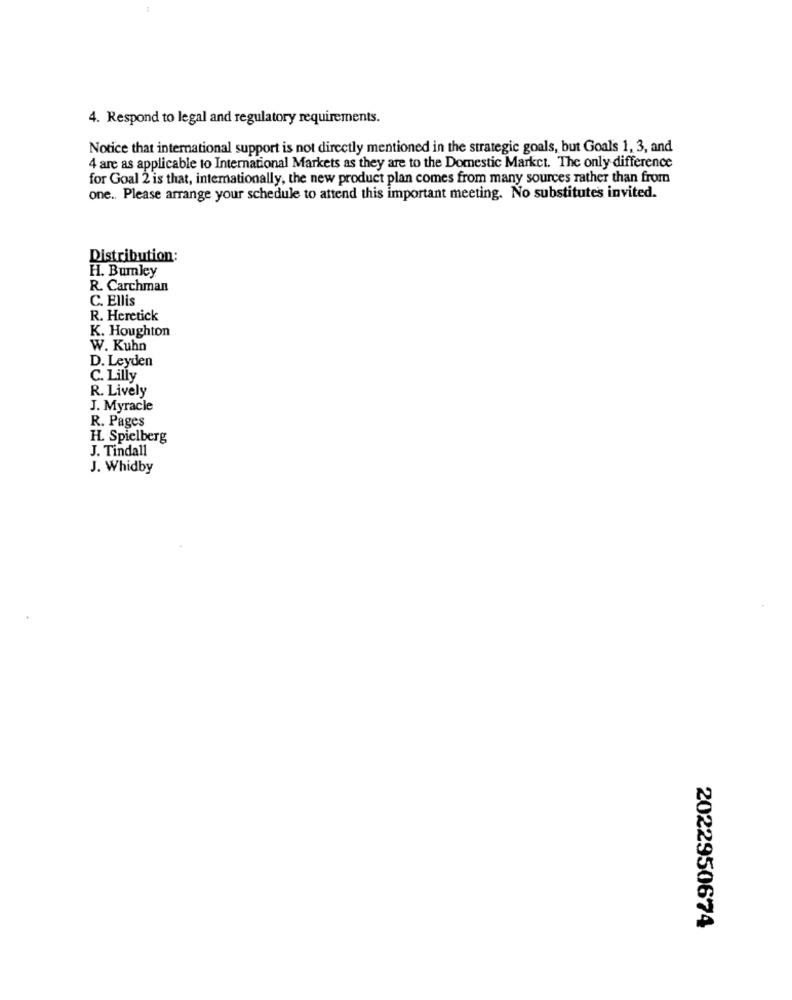
1
4. Respond to legal and regulatory requirements.
Notice that international support is not directly mentioned in the strategic goals, but Goals 1, 3, and
4 are as applicable to International Markets as they are to the Domestic Market. The only difference
for Goal 2 is that, internationally, the new product plan comes from many sources rather than from
one .. Please arrange your schedule to attend this important meeting. No substitute's invited.
Distribution:
H. Bumley
R. Carchman
C. Ellis
R. Heretick
K. Houghton
W. Kuhn
D. Leyden
C. Lilly
R. Lively
J. Myracle
R. Pages
H. Spielberg
J. Tindall
J. Whidby
2022950674